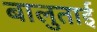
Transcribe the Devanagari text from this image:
बालुताई